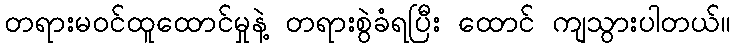
တရားမဝင်ထူထောင်မှုနဲ့ တရားစွဲခံရပြီး ထောင် ကျသွားပါတယ်။